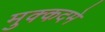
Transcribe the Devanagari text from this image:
मुक्कदमे